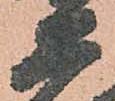
工